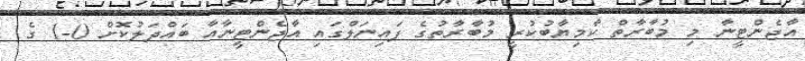
އާޖެންޓީނާ މި މުބާރާތް ކާމިޔާބުކުރީ މުބާރާތުގެ ފައިނަލްގައި އާޖެންޓީނާއާ ބައްދަލުކޮށް 0-1 ގެ